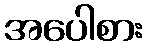
အပေါစား